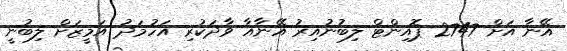
އޭނާ އަށް 2747 ޕޮއިންޓް ލިބުނުއިރު އޭނާއާ ވާދަކުރި އަހުމަދު އަމީޒަށް ލިބުނީ